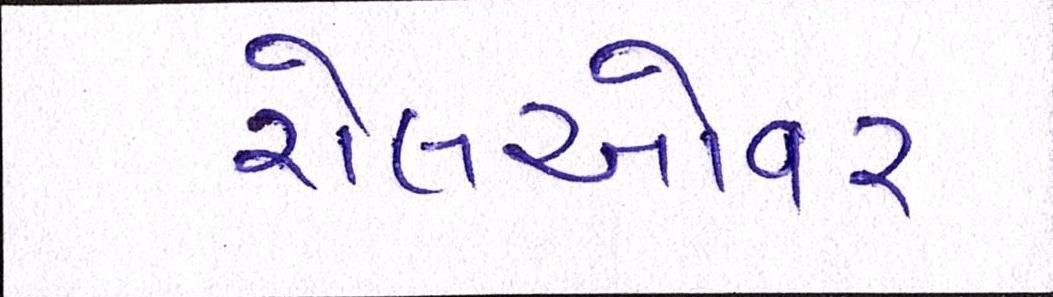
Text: રોલઓવર